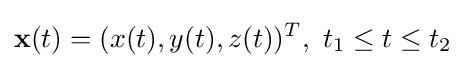
\mathbf {x} (t)=(x(t),y(t),z(t))^{T},\ t_{1}\leq t\leq t_{2}\